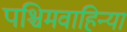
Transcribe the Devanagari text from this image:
पश्चिमवाहिन्या